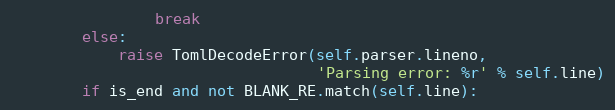
Language: Python
                break
        else:
            raise TomlDecodeError(self.parser.lineno,
                                  'Parsing error: %r' % self.line)
        if is_end and not BLANK_RE.match(self.line):